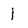
Character: j